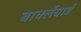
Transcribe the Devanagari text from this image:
बार्क्लेयार्ड